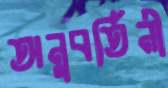
অনুবর্তিনী